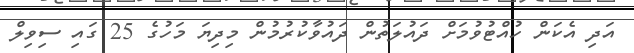
އަދި އެކަން ހުއްޓުވުމަށް ދައުލަތުން ދައުވާކުރުމުން މިދިޔަ މަހުގެ 25 ގައި ސިވިލް